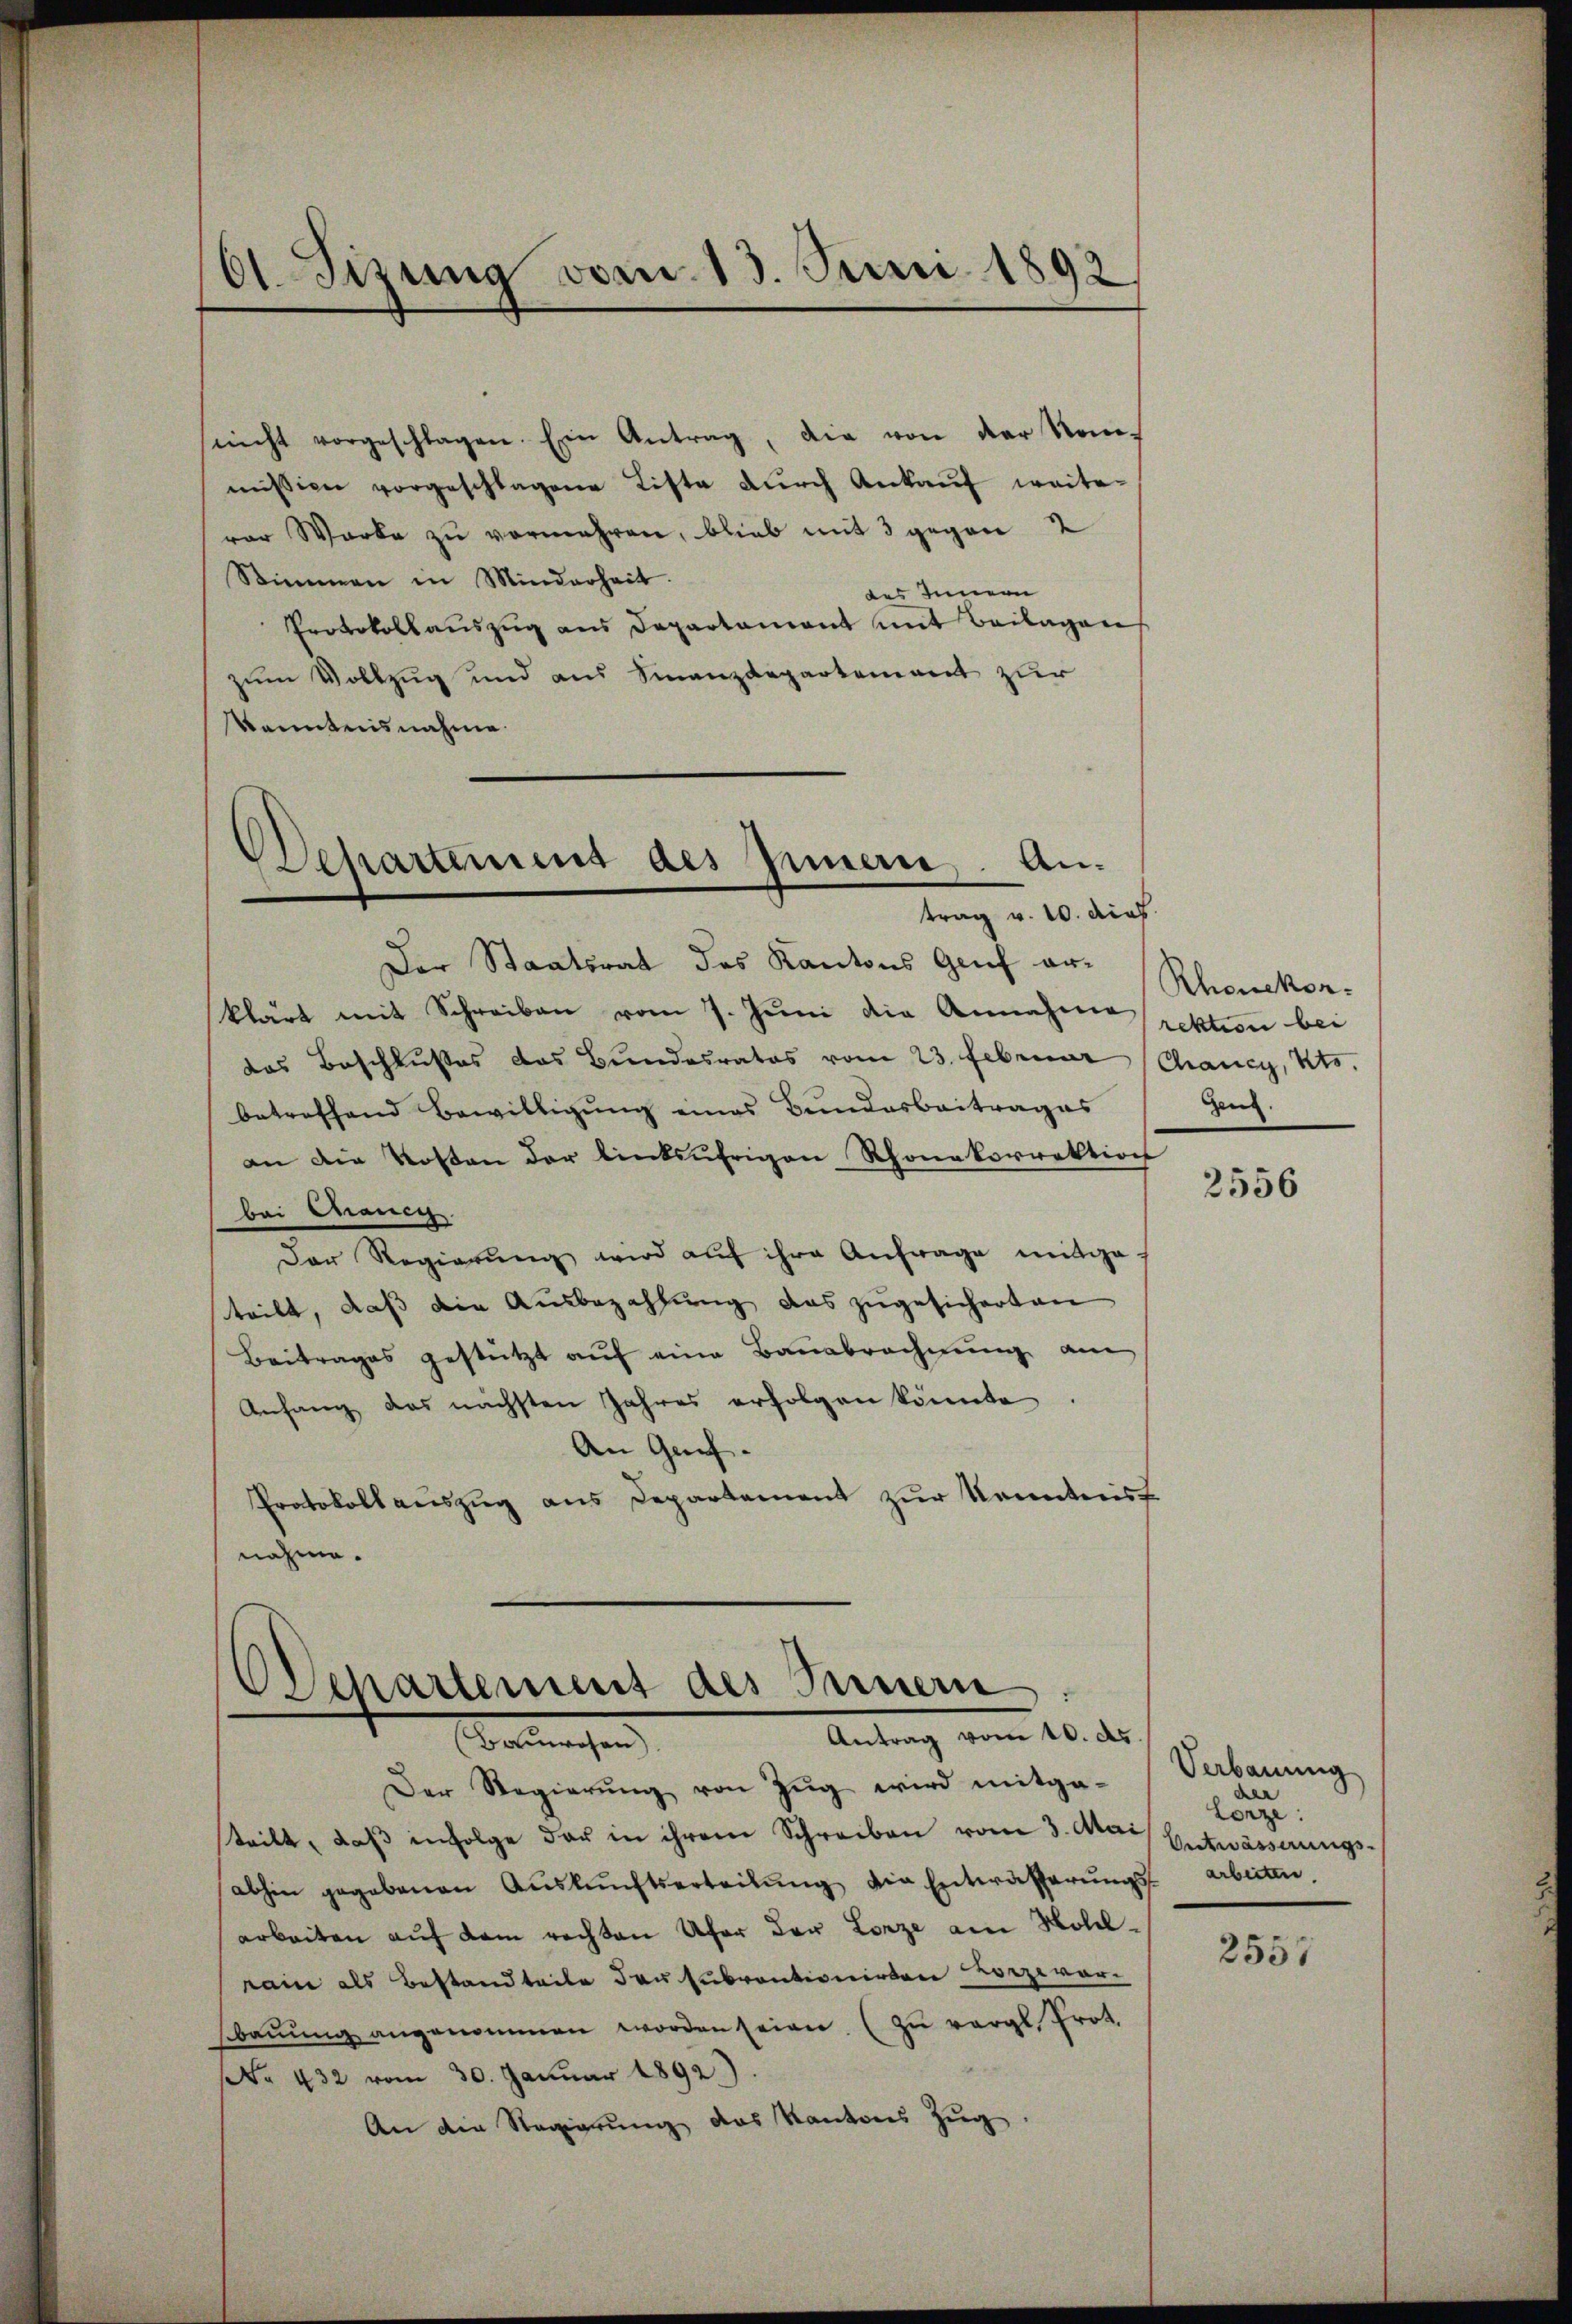
O Sizung vom 13. Juni 1892

nicht vorgeschlagen. Ein Antrag, die von der Nom-
mission vorgeschlagene Liste dŭrch Ankaŭf weite
var Warke zu vermehren, blieb mit 3 gegen 2
Stimmen in Minderheit.
des Innern
Protokollauszug aus Departament mit Beilagen
zum Vollzug und aus Finanzdepartement zur
kanntnisnahme

Der Staatsrat des Kantons Gruf arklärt mit Schreiben vom 7. Juni die Annahme rektion bei
das Beschlußes das Bundesrates vom 23. Februar Chancy, Kts.
betreffend Bewilligung eines Bundesbeitrages
an die Kosten der linksufrigen Rhonakorrektion
bei Canc
Der Regierŭng wird aŭf ihre Anfrage mitge-
teilt, daβ die Ausbezahlŭng das zŭgesicherten
Beitrages gestützt aŭf eine Baŭabrechnŭng am
Anfang das nächsten Jahres erfolgen könnte.
An Genf.
Protokoll auszug aus Departement zur Kenntnis
nahme.

Dehartement des Innern, Antrag v. 10. dies

OSepartement des Seinem
Antrag vom 10. d.
(Bauwesen)

Der Regierŭng von Zug wird mitgesteilt, daß infolge der in ihrem Schreiben vom 3. Mai
abhin gegebenen Aŭskŭnftserteilŭng die Entwässerŭngs
arbeiten auf dem rechten Ufer der Lorze am Hohelrain als Bestandteite der subventionirten Lorzevar.
sbaŭŭng angenommen worden seien. (zu vergl. Prot.
. 432 vom 30. Januar 1892)
An die Regierung des Kantons Zug.

Rhonekor-
Gen.

2556

Verbauung
dale
Lorze
Entwässerungs-
arbeiten.

2557